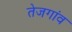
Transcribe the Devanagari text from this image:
तेजगांव